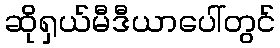
ဆိုရှယ်မီဒီယာပေါ်တွင်